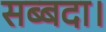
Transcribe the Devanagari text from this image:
सब्बदा।